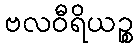
ဗလဝီရိယဉ္စ